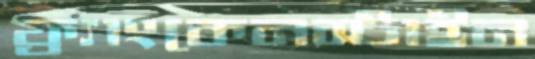
ফ্র্যাংকেনস্টাইন